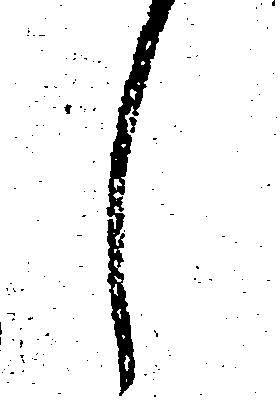
し